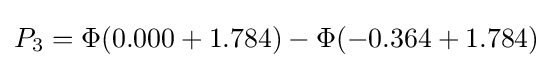
P_{3}=\Phi (0.000+1.784)-\Phi (-0.364+1.784)